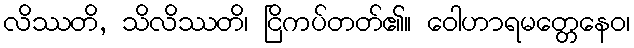
လိဿတိ, သိလိဿတိ၊ ငြိကပ်တတ်၏။ ဝေါဟာရမတ္တေနေဝ၊